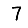
Digit: 7